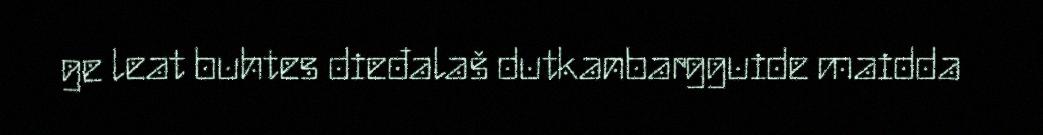
ge leat buhtes dieđalaš dutkanbargguide maidda